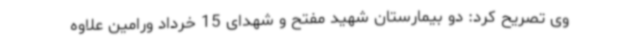
وی تصریح کرد: دو بیمارستان شهید مفتح و شهدای 15 خرداد ورامین علاوه